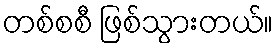
တစ်စစီ ဖြစ်သွားတယ်။